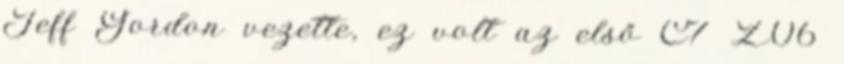
Jeff Gordon vezette, ez volt az első C7 Z06